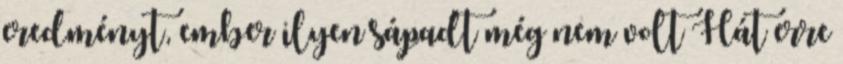
eredményt, ember ilyen sápadt még nem volt Hát erre